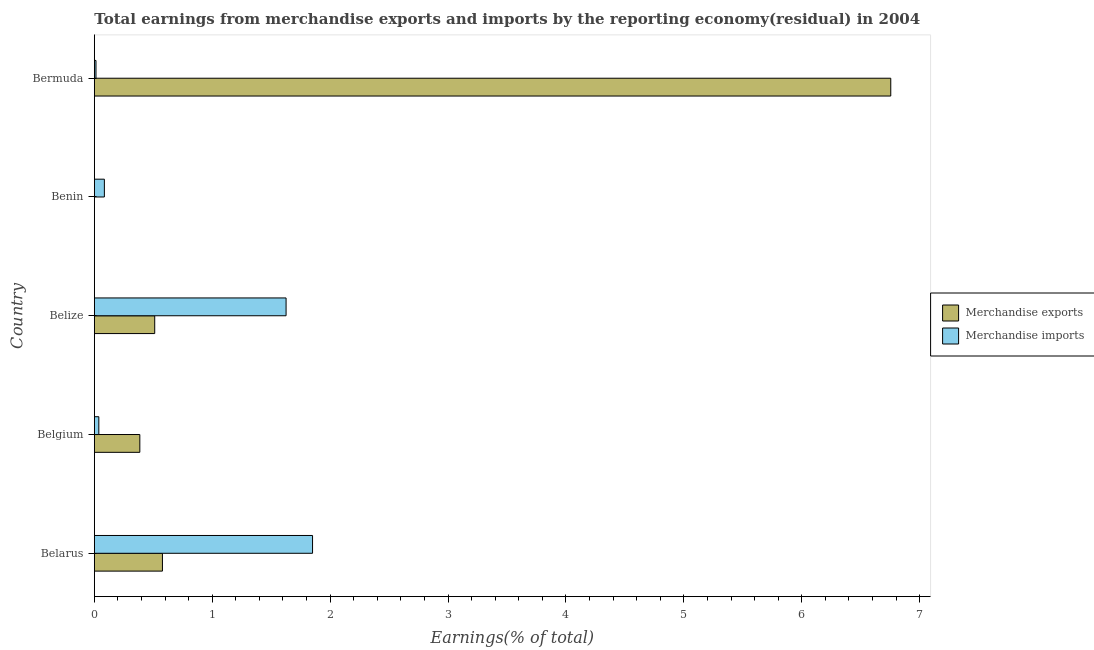
| Country | Merchandise exports | Merchandise imports |
 | --- | --- | --- |
 | Belarus | 0.578 | 1.85 |
 | Belgium | 0.386 | 0.0381 |
 | Belize | 0.512 | 1.63 |
 | Benin | -1.71e-08 | 0.0852 |
 | Bermuda | 6.75 | 0.0139 |